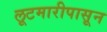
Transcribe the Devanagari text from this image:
लूटमारीपासून